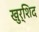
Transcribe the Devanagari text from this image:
खुर्शिद